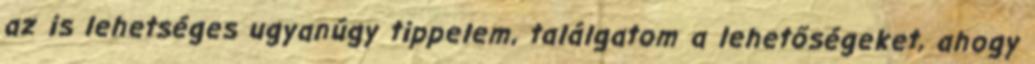
az is lehetséges ugyanúgy tippelem, találgatom a lehetőségeket, ahogy